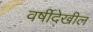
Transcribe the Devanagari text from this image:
वर्षीदेखील